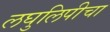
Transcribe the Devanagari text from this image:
लघुलिपीचा